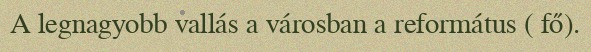
A legnagyobb vallás a városban a református ( fő).